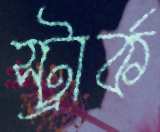
স্ট্রার্ক